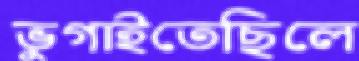
ভুগাইতেছিলে